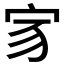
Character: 𡧘